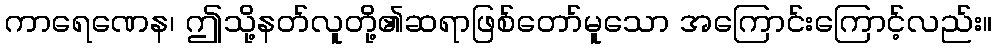
ကာရေဏေန၊ ဤသို့နတ်လူတို့၏ဆရာဖြစ်တော်မူသော အကြောင်းကြောင့်လည်း။